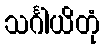
သင်္ဂါယိတုံ